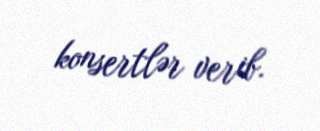
konsertlər verib.